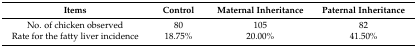
| Items | Control | Maternal Inheritance | Paternal Inheritance |
 | --- | --- | --- | --- |
 | No. of chicken observed | 80 | 105 | 82 |
 | Rate for the fatty liver incidence | 18.75% | 20.00% | 41.50% |